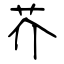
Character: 芥